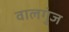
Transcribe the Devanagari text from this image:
वालगुंज